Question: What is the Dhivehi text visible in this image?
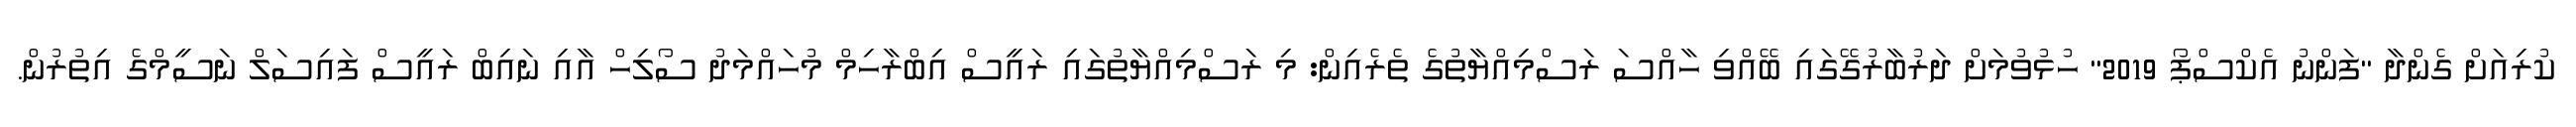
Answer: ކުރިއަށް ގެންދާ "ފަންނު އެކްސްޕޯ 2019" ހުޅުވުމަށް ދަރުބާރުގޭގައި ބޭއްވި ހާއްސަ ރަސްމިއްޔާތުގެ ތެރެއިން: މި ރަސްމިއްޔާތުގައި ރައީސް އިބްރާހިމް މުހައްމަދު ސޯލިހް އާއި ނައިބް ރައީސް ފައިސަލް ނަސީމްގެ އިތުރުން.